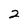
Character: 2